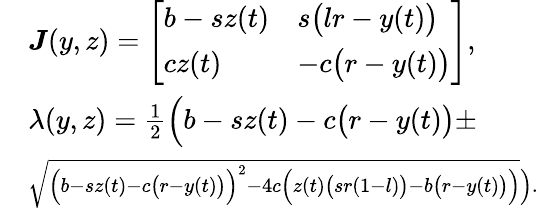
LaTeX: \begin{array}{rl}&{\boldsymbol{J}(y,z)=\left[\begin{array}{ll}{b-sz(t)}&{s\big(lr-y(t)\big)}\\ {cz(t)}&{-c\big(r-y(t)\big)}\end{array}\right],}\\ &{\lambda(y,z)=\frac{1}{2}\Big(b-sz(t)-c\big(r-y(t)\big)\pm}\\ &{\scriptstyle\sqrt{\Big(b-sz(t)-c\big(r-y(t)\big)\Big)^{2}-4c\Big(z(t)\big(sr(1-l)\big)-b\big(r-y(t)\big)\Big)}\Big).}\end{array}